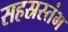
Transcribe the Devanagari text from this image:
सहस्रस्तंभ